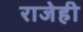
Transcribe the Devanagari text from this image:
राजेही